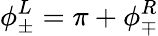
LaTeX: \phi_{\pm}^{L}=\pi+\phi_{\mp}^{R}